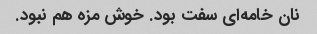
نان خامه‌ای سفت بود. خوش مزه هم نبود.